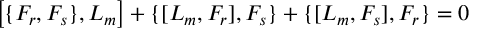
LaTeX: \left[ \{ F _ { r } , F _ { s } \} , L _ { m } \right] + \{ [ L _ { m } , F _ { r } ] , F _ { s } \} + \{ [ L _ { m } , F _ { s } ] , F _ { r } \} = 0